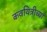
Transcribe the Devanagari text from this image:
कवयित्रीच्या